Annual report of the Civil Veterinary Department, Bengal, and of the Bengal Veterinary College for the year 1905-1906 - 1905-1906
Year: 1905
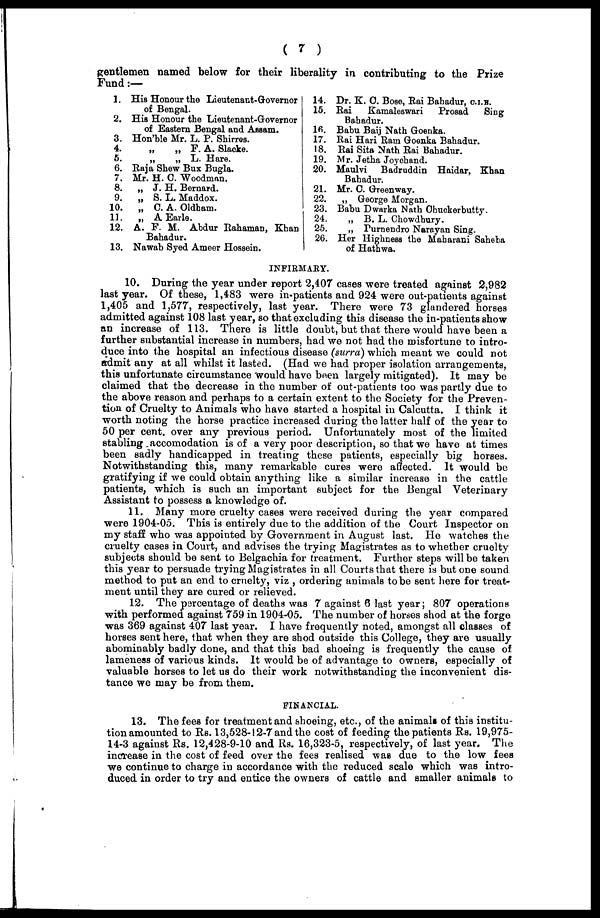
(7)
gentlemen named below for their liberality in contributing to the Prize
Fund:—
1.
2.
3.
4.
5.
6.
7.
8.
9.
10.
11.
12.
13.
His Honour the Lieutenant-Governor
of Bengal.
His Honour the Lieutenant-Governor
of Eastern Bengal and Assam.
Hon'ble Mr. L. P. Shirres.
„
„ F. A. Slacke.
„ „ L. Hare.
Raja Shew Bux Bugla.
Mr. H. 0. Woodman.
„ J. H. Bernard.
„ S. L. Maddox.
„ C. A. Oldham.
„ A Earle.
A. F. M. Abdur Rahaman, Khan
Bahadur.
Nawab Syed Ameer Hossein.
14.
15.
16.
17.
18.
19.
20.
21.
22.
23.
24.
25.
26.
Dr. K. C. Bose, Rai Bahadur, C.I.E.
Rai
Kamaleswari Prosad
Sing
Bahadur.
Babu Baij Nath Goenka.
Rai Hari Ram Goenka Bahadur.
Rai Sita Nath Rai Bahadur.
Mr. Jetha Joyohand.
Maulvi Badruddin Haidar, Khan
Bahadur.
Mr. C. Greenway.
„ George Morgan.
Babu Dwarka Nath Ohuckerbutty.
„ B. L. Chowdhury.
„ Purnendro Narayan Sing.
Her Highness the Maharani Saheba
of Hathwa.
INFIRMARY.
10. During the year under report 2,407 cases were treated against 2,982
last year. Of these, 1,483 were in-patients and 924 were out-patients against
1,405 and 1,577, respectively, last year. There were 73 glandered horses
admitted against 108 last year, so that excluding this disease the in-patients show
an increase of 113. There is little doubt, but that there would have been a
further substantial increase in numbers, had we not had the misfortune to intro-
duce into the hospital an infectious disease (surra) which meant we could not
admit any at all whilst it lasted. (Had we had proper isolation arrangements,
this unfortunate circumstance would have been largely mitigated). It may be
claimed that the decrease in the number of out-patients too was partly due to
the above reason and perhaps to a certain extent to the Society for the Preven-
tion of Cruelty to Animals who have started a hospital in Calcutta. I think it
worth noting the horse practice increased during the latter half of the year to
50 per cent. over any previous period. Unfortunately most of the limited
stabling accomodation is of a very poor description, so that we have at times
been sadly handicapped in treating these patients, especially big horses.
Notwithstanding this, many remarkable cures were affected. It would be
gratifying if we could obtain anything like a similar increase in the cattle
patients, which is such an important subject for the Bengal Veterinary
Assistant to possess a knowledge of.
11. Many more cruelty cases were received during the year compared
were 1904-05. This is entirely due to the addition of the Court Inspector on
my staff who was appointed by Government in August last. He watches the
cruelty cases in Court, and advises the trying Magistrates as to whether cruelty
subjects should be sent to Belgachia for treatment. Further steps will be taken
this year to persuade trying Magistrates in all Courts that there is but one sound
method to put an end to crnelty, viz , ordering animals to be sent here for treat-
ment until they are cured or relieved.
12. The percentage of deaths was 7 against 6 last year; 807 operations
with performed against 759 in 1904-05. The number of horses shod at the forge
was 369 against 407 last year. I have frequently noted, amongst all classes of
horses sent here, that when they are shod outside this College, they are usually
abominably badly done, and that this bad shoeing is frequently the cause of
lameness of various kinds. It would be of advantage to owners, especially of
valuable horses to let us do their work notwithstanding the inconvenient dis-
tance we may be from them.
FINANCIAL.
13. The fees for treatment and shoeing, etc., of the animals of this institu-
tion amounted to Rs. 13,528-12-7 and the cost of feeding the patients Rs. 19,975-
14-3 against Rs. 12,428-9-10 and Rs. 16,323-5, respectively, of last year. The
increase in the cost of feed over the fees realised was due to the low fees
we continue to charge in accordance with the reduced scale which was intro-
duced in order to try and entice the owners of cattle and smaller animals to